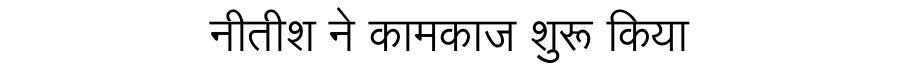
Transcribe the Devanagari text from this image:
नीतीश ने कामकाज शुरू किया